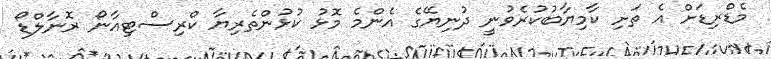
މެޑްރިޑަށް އެ ތަށި ކާމިޔާބުކުރެވުނީ ދުނިޔޭގެ އެންމެ މޮޅު ކުޅުންތެރިޔާ ކްރިސްޓިއާނޯ ރޮނާލްޑޯ